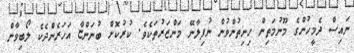
ނައިސް ދެމީހުންގެ މޫނުމަތިން ހިނިތުންވުން ނުފިލާނޭ މަންޒަރުތަކެވެ. ކުރުކޮށް ބުނަންޏާ އަހަރެންދެކެ ލޯބިވާން